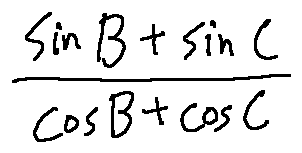
\frac { \sin B + \sin C } { \cos B + \cos C }